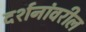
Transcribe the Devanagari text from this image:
दर्शनांवरील